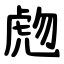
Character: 虝